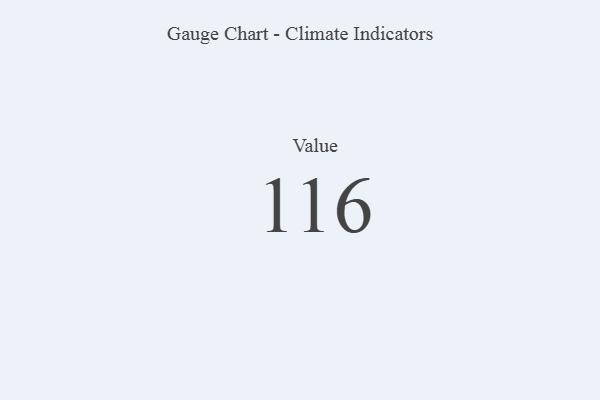
{"axis": {"x": "Metric", "y": "Value"}, "legend": [""], "data": [{"x": "Value", "y": 116, "type": ""}]}